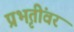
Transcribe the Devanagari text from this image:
प्रभृतींवर